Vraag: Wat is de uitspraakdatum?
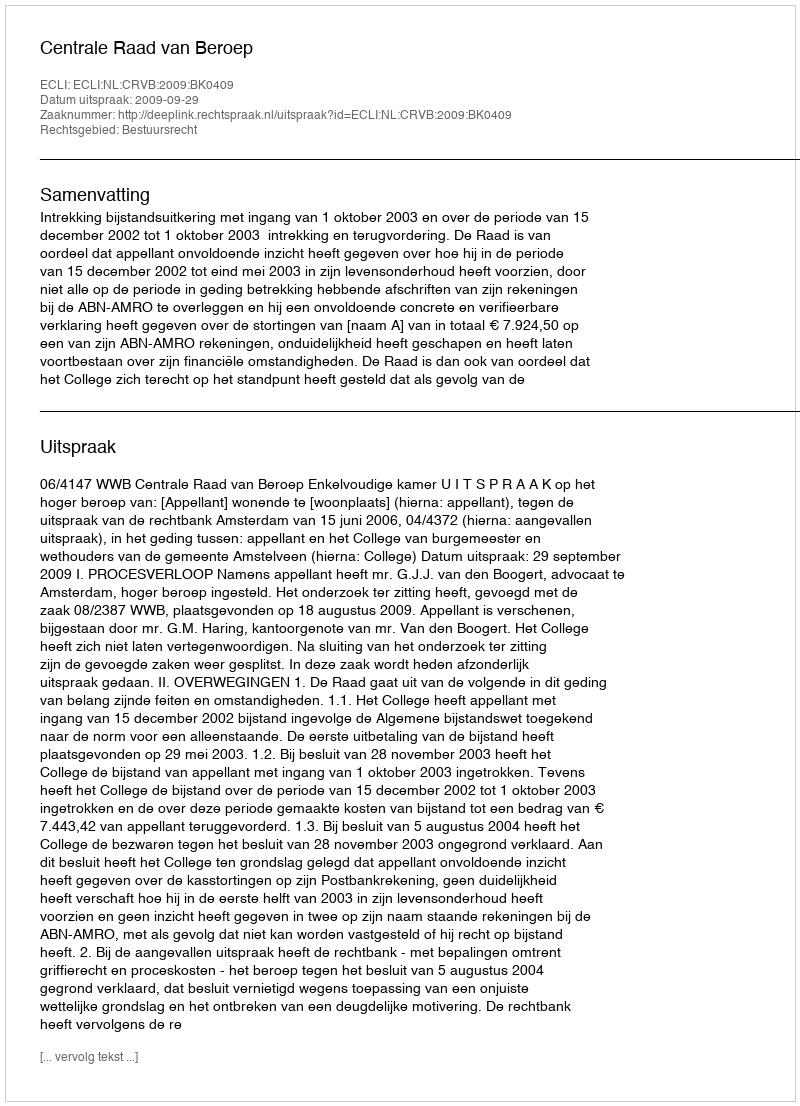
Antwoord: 2009-09-29